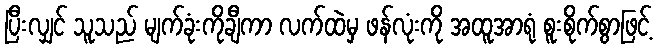
ပြီးလျှင် သူသည် မျက်ခုံးကိုချီကာ လက်ထဲမှ ဖန်လုံးကို အထူအာရုံ စူးစိုက်စွာဖြင့်